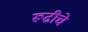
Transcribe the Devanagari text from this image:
रूढीचे